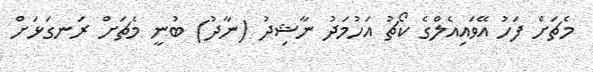
މެޗަށް ފަހު އޭވައިއެލްގެ ކޯޗު އަހުމަދު ނާޝިދު (ނާދު) ބުނީ މެޗަށް ރަނގަޅަށް